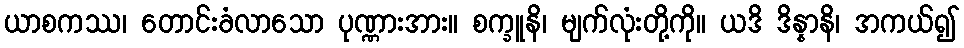
ယာစကဿ၊ တောင်းခံလာသော ပုဏ္ဏားအား။ စက္ခူနိ၊ မျက်လုံးတို့ကို။ ယဒိ ဒိန္နာနိ၊ အကယ်၍